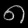
Digit: ၈